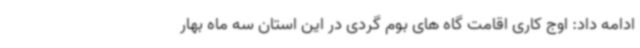
ادامه داد: اوج کاری اقامت گاه های بوم گردی در این استان سه ماه بهار